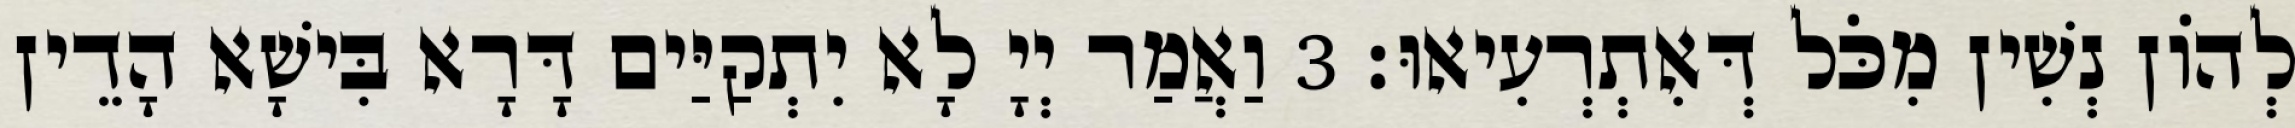
לְהוֹן נְשִׁין מִכֹּל דְּאִתְרְעִיאוּ׃ 3 וַאֲמַר יְיָ לָא יִתְקַיַּים דָּרָא בִּישָׁא הָדֵין